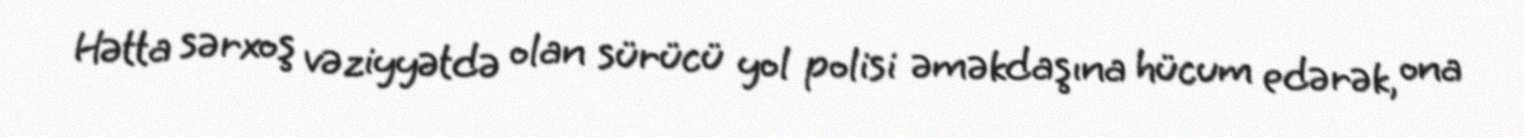
Hətta sərxoş vəziyyətdə olan sürücü yol polisi əməkdaşına hücum edərək, ona